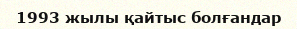
1993 жылы қайтыс болғандар